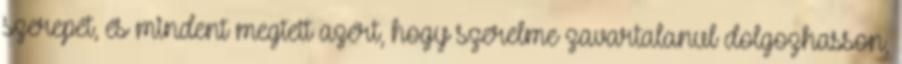
szerepét, és mindent megtett azért, hogy szerelme zavartalanul dolgozhasson,